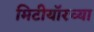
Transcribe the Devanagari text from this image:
मिटीयॉरच्या